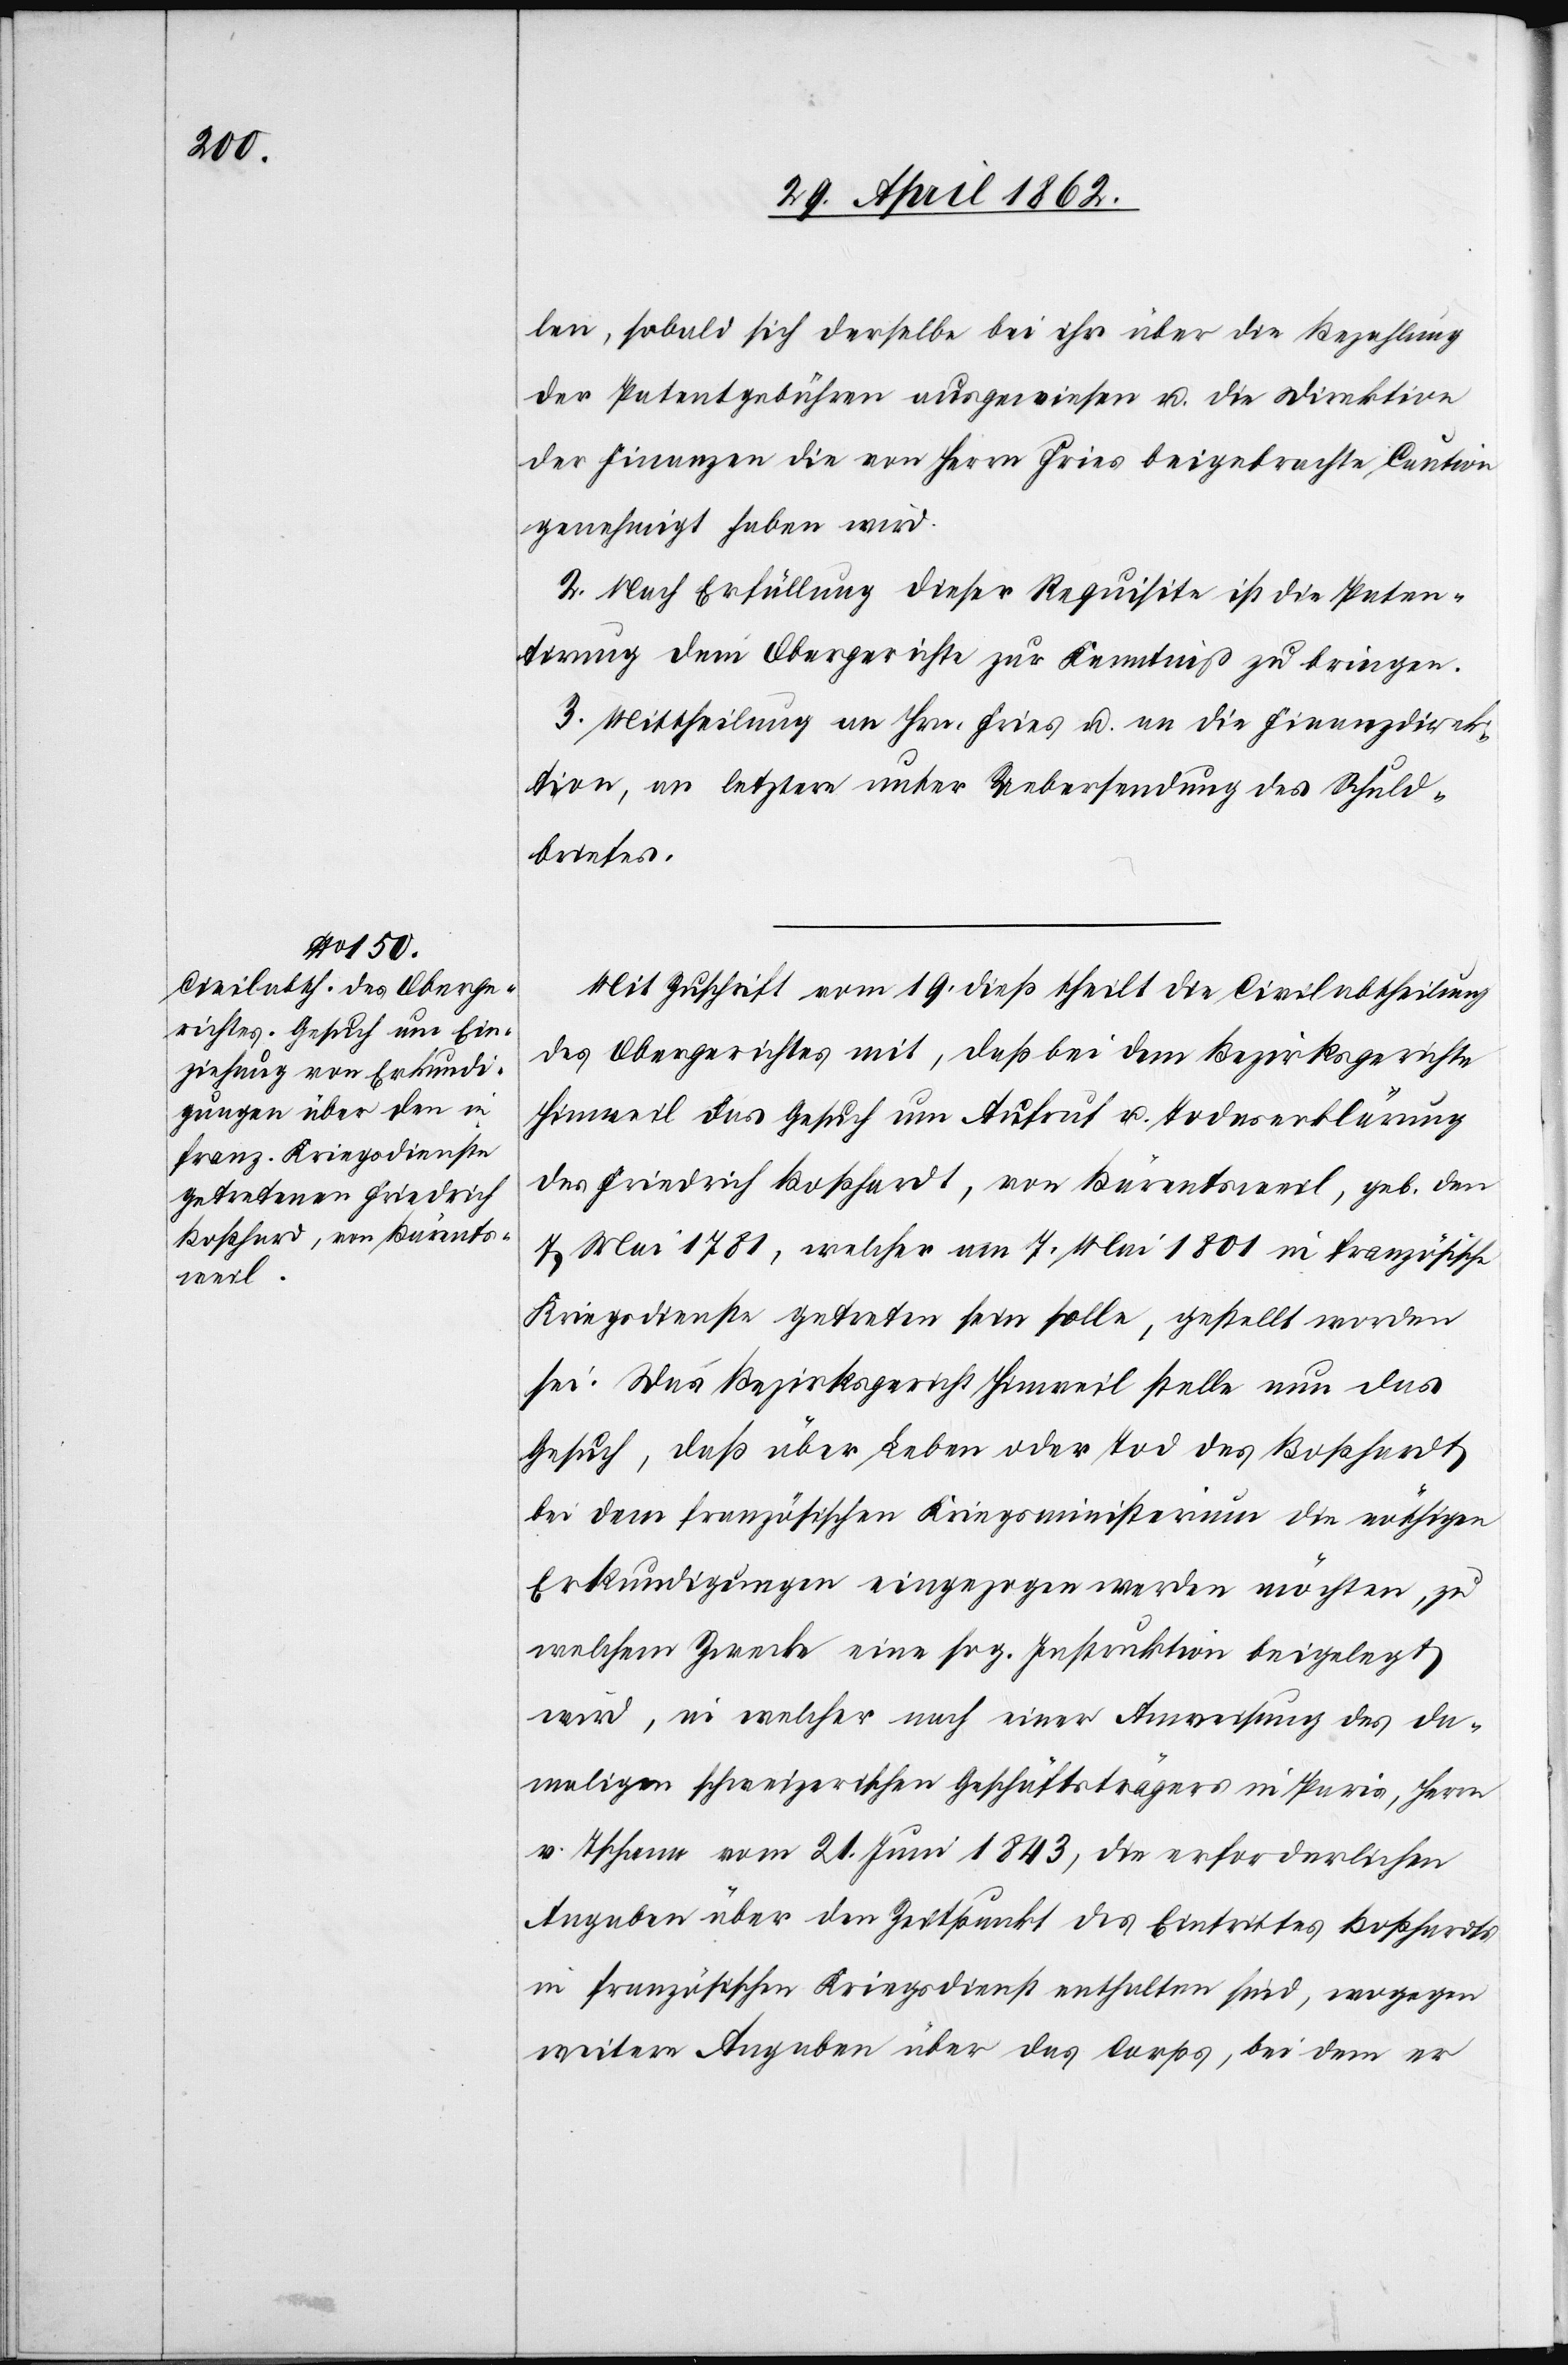
len, sobald sich derselbe bei ihr über die Bezahlung
der Patentgebühren ausgewiesen u. die Direktion
der Finanzen die von Herrn Fries beigebrachte Caution
genehmigt haben wird.
2. Nach Erfüllung dieser Requisite ist die Paten¬
tirung dem Obergerichte zur Kenntniß zu bringen.
3. Mittheilung an Hrn. Fries u. an die Finanzdirek¬
tion, an letztere unter Uebersendung des Schuld¬
briefes.
Mit Zuschrift vom 19. dieß theilt die Civilabtheilung
des Obergerichtes mit, daß bei dem Bezirksgerichte
Hinweil das Gesuch um Aufruf u. Todeserklärung
des Friedrich Boßhardt [sic!], von Bärentsweil, geb. den
7. Mai 1781, welcher am 7. Mai 1801 in französische
Kriegsdienste getreten sein solle, gestellt worden
sei. Das Bezirksgericht Hinweil stelle nun das
Gesuch, daß über Leben oder Tod des Boßhardt
bei dem französischen Kriegsministerium die nöthigen
Erkundigungen eingezogen werden möchten, zu
welchem Zwecke eine sog. Instruktion beigelegt
wird, in welcher nach einer Anweisung des da¬
maligen schweizerischen Geschäftsträgers in Paris, Herr
v. Tschann vom 21. Juni 1843, die erforderlichen
Angaben über den Zeitpunkt des Eintrittes Boßhardts
in französischen Kriegsdienst enthalten sind, wogegen
weitere Angaben über das Corps, bei dem er